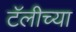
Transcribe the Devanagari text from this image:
टॅलीच्या